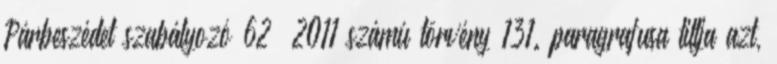
Párbeszédet szabályozó 62 2011 számú törvény 131. paragrafusa tiltja azt,